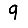
Digit: 9